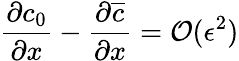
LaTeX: \frac{\partial c_{0}}{\partial x}-\frac{\partial\overline{{c}}}{\partial x}=\mathcal{O}(\epsilon^{2})